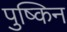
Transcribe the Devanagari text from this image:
पुष्किन